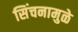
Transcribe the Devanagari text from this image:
सिंचनामुळे